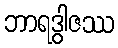
ဘာရဒွါဇဿ